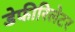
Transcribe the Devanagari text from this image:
डेफीरिलेटर